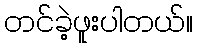
တင်ခဲ့ဖူးပါတယ်။